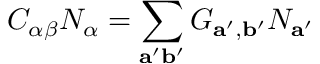
C _ { \alpha \beta } N _ { \alpha } = \sum _ { \mathbf { a ^ { \prime } b ^ { \prime } } } G _ { \mathbf { a ^ { \prime } } , \mathbf { b ^ { \prime } } } N _ { \mathbf { a ^ { \prime } } }